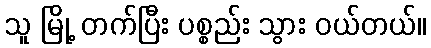
သူ မြို့ တက်ပြီး ပစ္စည်း သွား ဝယ်တယ်။